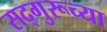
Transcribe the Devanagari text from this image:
सद्गुरूच्या